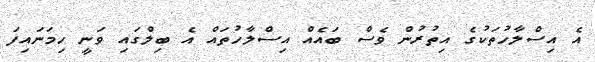
އެ އިސްލާހުތަކުގެ އިތުރުން ވެސް ބައެއް އިސްލާހުތައް އެ ބިލްގައި ވަނީ ހިމަނައިފަ